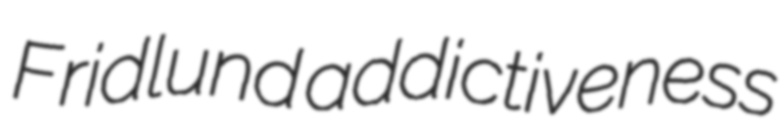
Fridlund addictiveness